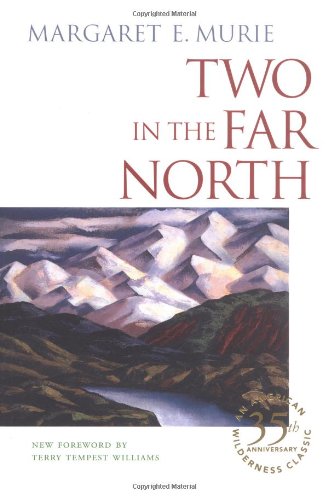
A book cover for Two in the Far North; Margaret E. Murie; Biographies & Memoirs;